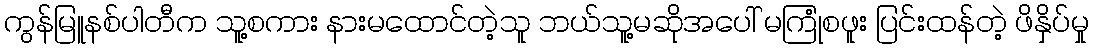
ကွန်မြူနစ်ပါတီက သူ့စကား နားမထောင်တဲ့သူ ဘယ်သူ့မဆိုအပေါ် မကြုံစဖူး ပြင်းထန်တဲ့ ဖိနှိပ်မှု